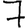
Digit: 7